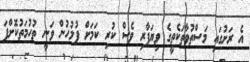
އެ ރަށުގައި މަސްތުވާތަކެތީގެ ވިޔަފާރި ވެސް ކުރި ކަމަށް ފުލުހުން ވަނީ ތުހުމަތުކޮށްފަ